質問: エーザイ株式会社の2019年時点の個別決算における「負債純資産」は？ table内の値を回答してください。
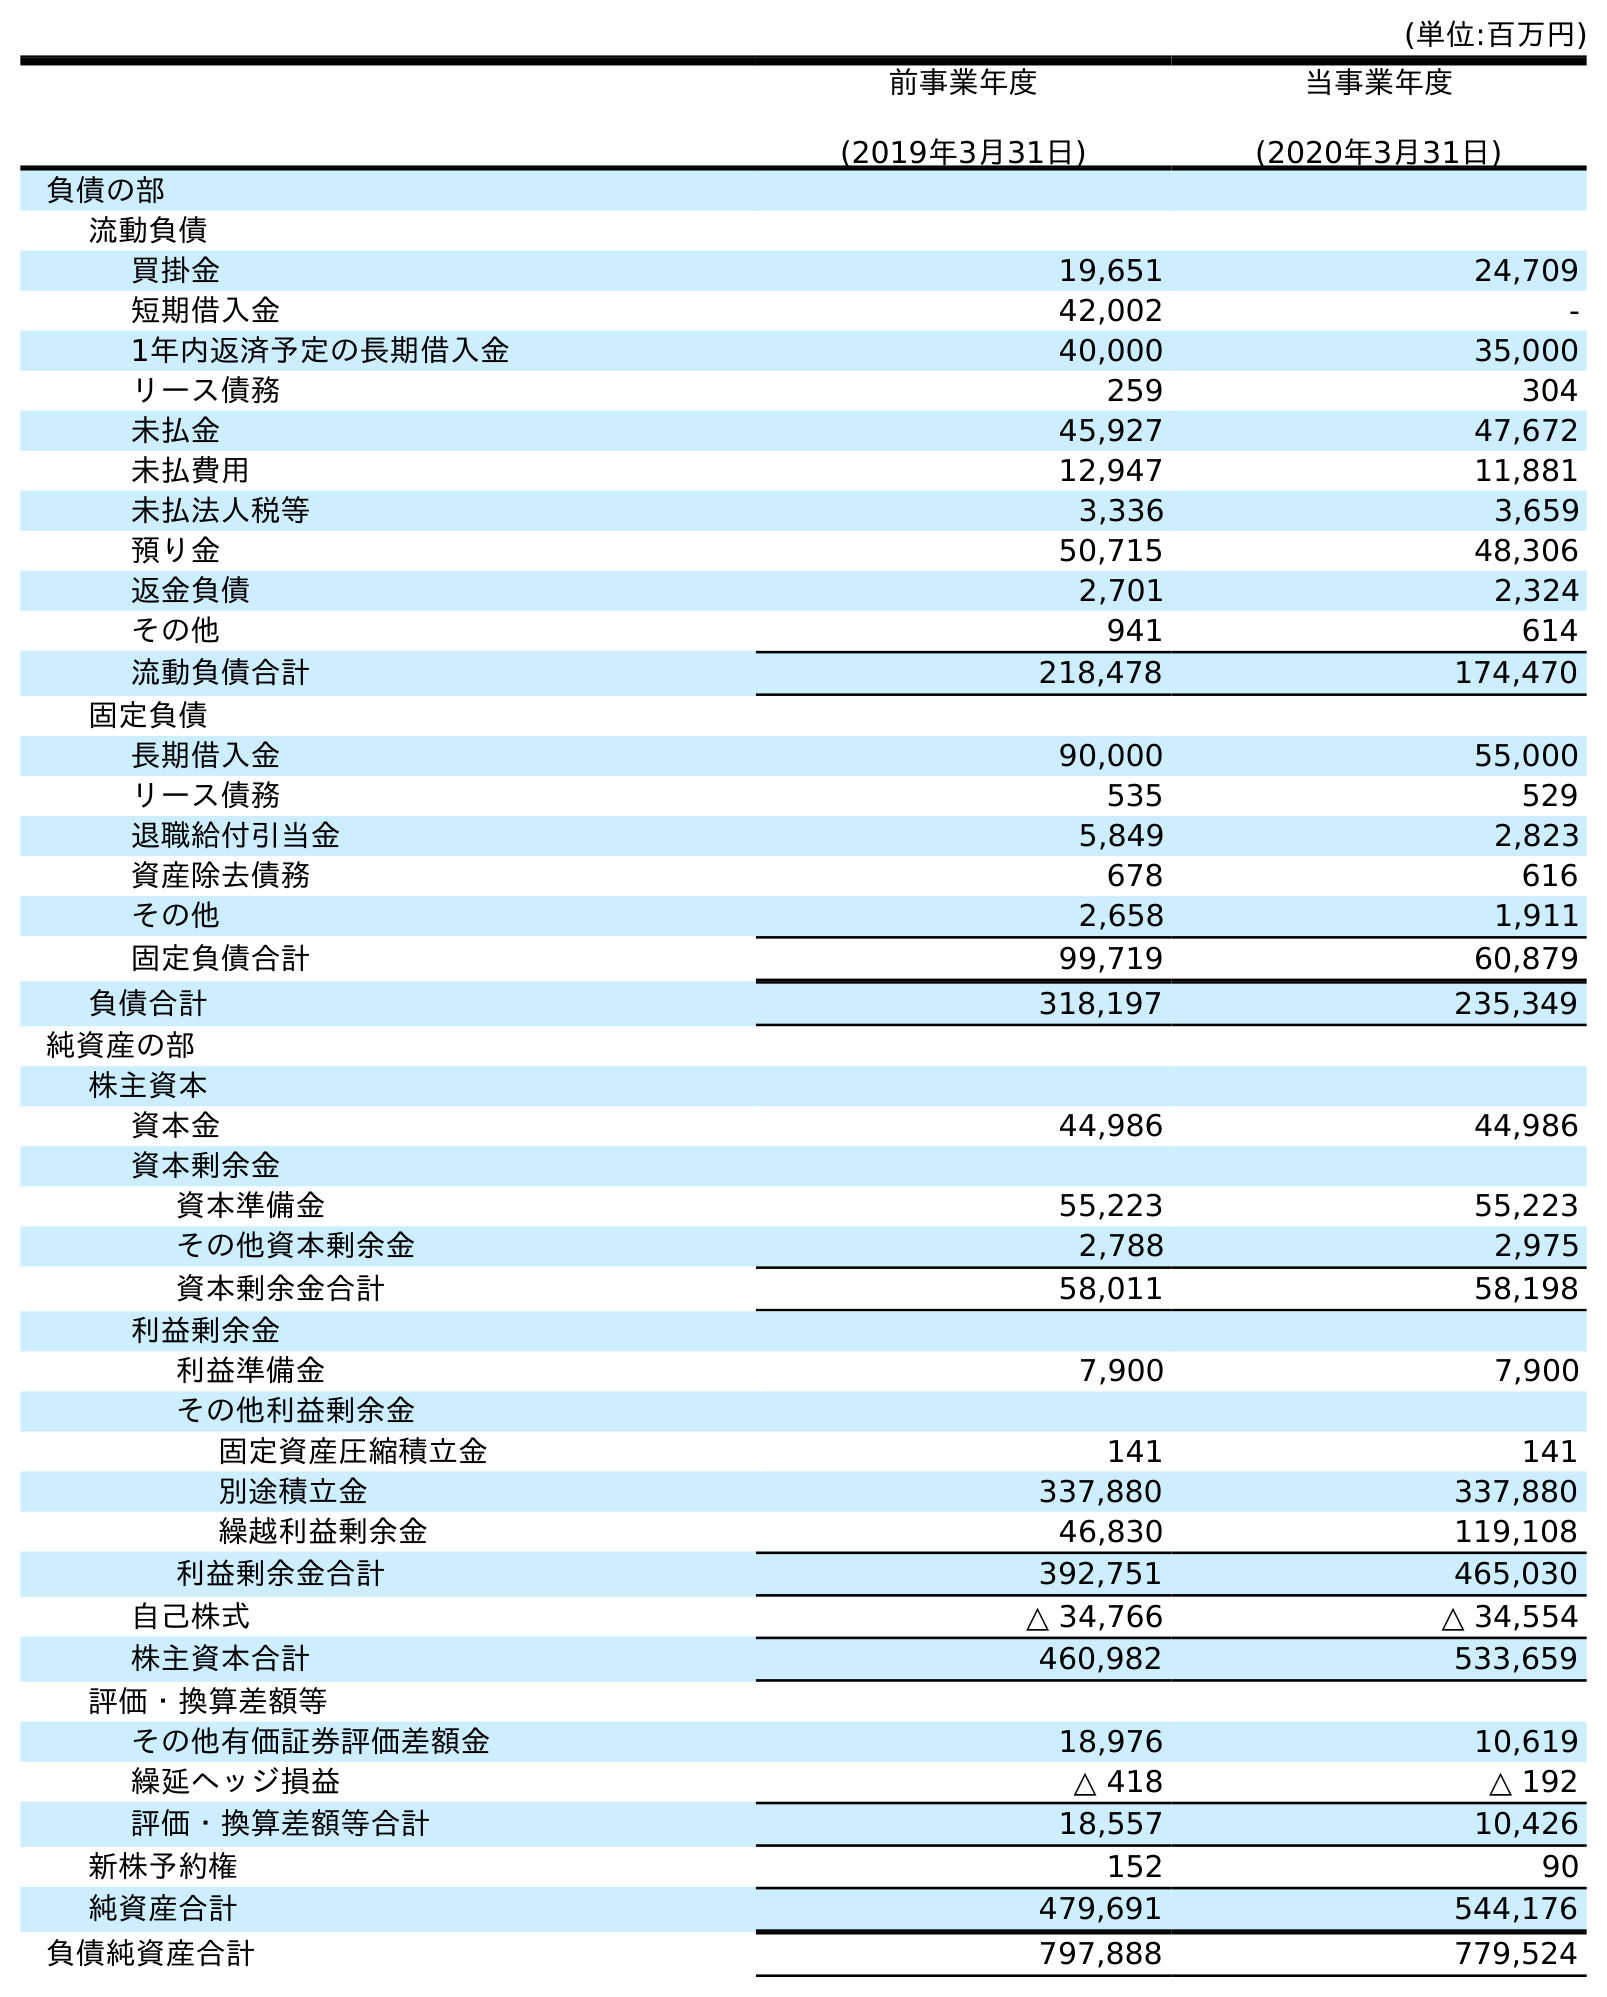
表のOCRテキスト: (単位:百万円) 前事業年度 (2019年3月31日) 当事業年度 (2020年3月31日) 負債の部 流動負債 買掛金 19,651 24,709 短期借入金 42,002 - 1年内返済予定の長期借入金 40,000 35,000 リース債務 259 304 未払金 45,927 47,672 未払費用 12,947 11,881 未払法人税等 3,336 3,659 預り金 50,715 48,306 返金負債 2,701 2,324 その他 941 614 流動負債合計 218,478 174,470 固定負債 長期借入金 90,000 55,000 リース債務 535 529 退職給付引当金 5,849 2,823 資産除去債務 678 616 その他 2,658 1,911 固定負債合計 99,719 60,879 負債合計 318,197 235,349 純資産の部 株主資本 資本金 44,986 44,986 資本剰余金 資本準備金 55,223 55,223 その他資本剰余金 2,788 2,975 資本剰余金合計 58,011 58,198 利益剰余金 利益準備金 7,900 7,900 その他利益剰余金 固定資産圧縮積立金 141 141 別途積立金 337,880 337,880 繰越利益剰余金 46,830 119,108 利益剰余金合計 392,751 465,030 自己株式 △ 34,766 △ 34,554 株主資本合計 460,982 533,659 評価・換算差額等 その他有価証券評価差額金 18,976 10,619 繰延ヘッジ損益 △ 418 △ 192 評価・換算差額等合計 18,557 10,426 新株予約権 152 90 純資産合計 479,691 544,176 負債純資産合計 797,888 779,524
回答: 797,888